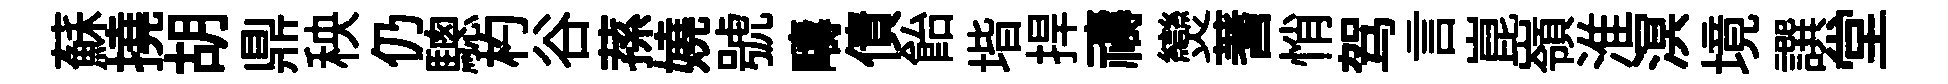
蘇撓胡鼎秧仍驄杓谷蓀嬈號疇債飴堦捍禱𤓖蓍悄驾言崑嶺淮溟境譔堂